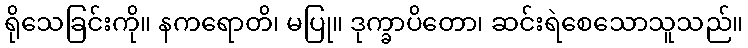
ရိုသေခြင်းကို။ နကရောတိ၊ မပြု။ ဒုက္ခာပိတော၊ ဆင်းရဲစေသောသူသည်။